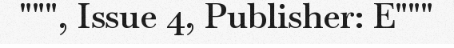
""", Issue 4, Publisher: E"""